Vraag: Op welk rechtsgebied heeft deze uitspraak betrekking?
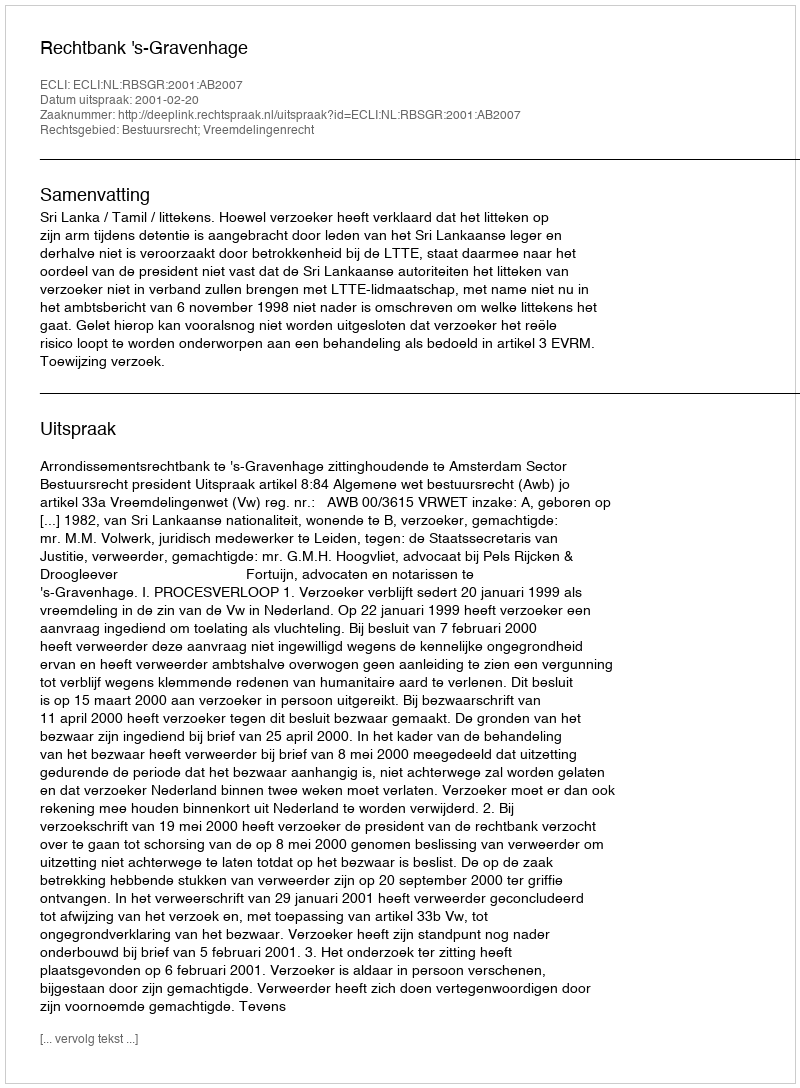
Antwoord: Bestuursrecht; Vreemdelingenrecht